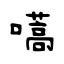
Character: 嚆